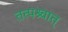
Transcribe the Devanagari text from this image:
तत्पश्र्चात्